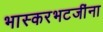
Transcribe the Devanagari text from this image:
भास्करभटजींना